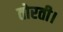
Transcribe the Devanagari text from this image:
तोरती।